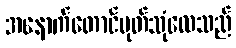
အနောက်တောင်မုတ်သုံလေသည်